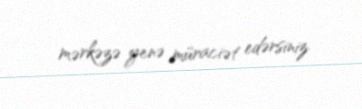
mərkəzə yenə müraciət edərsiniz.